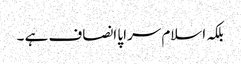
بلکہ اسلام سراپا انصاف ہے ۔